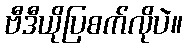
ဗီဒီယိုပြစက်လိုပဲ။